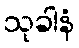
သုခါနံ